Vaccination North-Western Provinces 1866-1877 - 1866-1877
Year: 1866
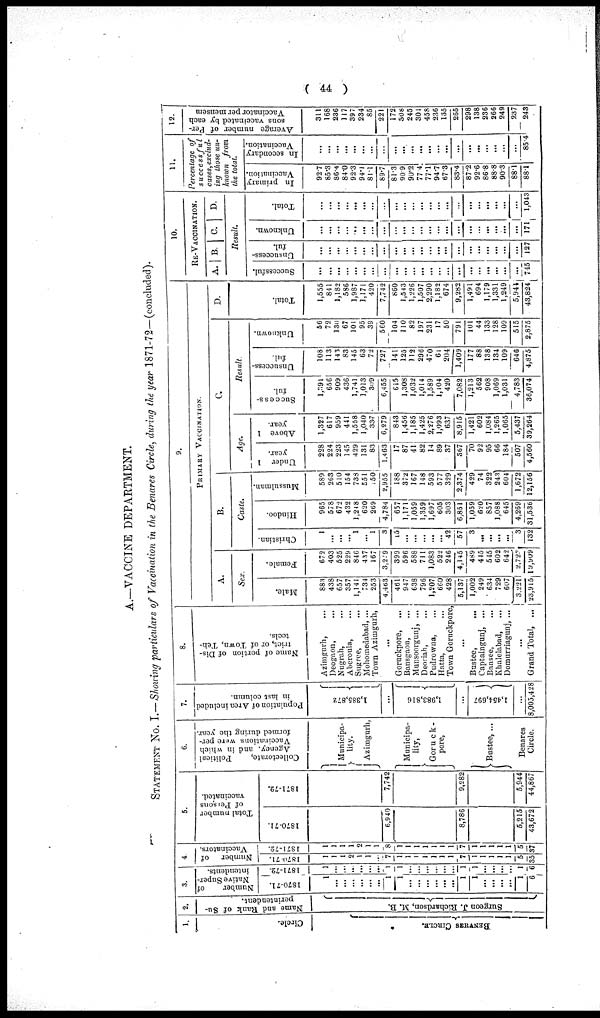
( 44 )
A.—VACCINE DEPARTMENT.
STATEMENT No. I.— Showing particulars of Vaccination in the Benares Circle, during the year 1871-72—(concluded).
1.
Circle.
BENVRES CIRCLE.
2.
Name and Rank of Su-
perintendent.
Surgeon J. Richardson, M. B.
3.
Number
of
Native Super¬
intendents.
1870-71.
1
...
...
...
...
...
...
1
1
...
...
...
...
...
...
1
1
...
...
...
...
1
6
1871-72.
1
...
...
...
...
...
...
1
1
...
...
...
...
...
...
1
1
...
...
...
...
1
6
4.
Number
of
Vaccinators.
1870-71.
1
1
1
2
1
1
...
7
1
1
1
1
1
1
1
7
1
1
1
1
1
5
35
1871-72.
1
1
1
1
2
1
1
8
1
1
1
1
1
1
1
7
1
1
1
1
1
5
37
5.
Total number
of Persons
vaccinated.
1870-71.
6,940
8,786
5,215
43,672
1871-72.
7,742
9,282
5,944
44,867
6.
Collectorate,
Political
Agency, and in which
Vaccinations were per-
formed during the year.
Municipa¬
lity
Azimgurh,
Municipa¬
lity,
Goruck¬
pore,
Bustee, ...
Benares
Circle.
7.
Population of Area included
in last column.
1,385,872
...
1,983,816
1,454,697
...
8,005,428
8.
Name of portion of Dis¬
trict, or of Town, Teh¬
teels.
Azimgurh, ...
Deogaon, ...
Nugrah, ...
Aberoula, ...
Sugree,
Mohomedabad, ...
Town Azimgurh,
...
Goruckpore, ...
Bansgaon, ...
Munsoorgunj, ...
Deoriah, ...
Pudrowna, ...
Hatta, ...
Town Goruckpore,
...
Bustee,
...
Captaingunj, ...
Bansee, ...
Khalelabad, ...
Domurriagunj, ...
...
Grand Total, ...
9.
PRIMARY VACCINATION.
A.
Sex.
Male.
883
438
657
357
1,141
734
253
4,463
461
947
638
796
1,207
660
428
5,137
1,002
249
634
729
607
3,221
23,915
Female.
672
403
525
229
846
437
167
3,279
399
596
588
711
1,083
522
246
4,145
489
445
545
602
642
2,722
19,09
B.
Caste.
Christian.
1
...
...
... 1
... 1
3
15
...
...
...
...
... 42
57
3
...
...
...
...
3
132
Hindoo.
965
578
672
432
1,248
620
269
4,784
657
1,171
1,059
1,359
1,697
605
303
6,851
1,059
620
857
1,088
645
4,269
31,536
Mussulman.
589
263
510
154
738
551
150
2,955
188
372
167
148
593
577
329
2,374
429
74
322
243
604
1,672
12,156
C.
Age.
Under 1
year.
228
224
223
145
429
131
83
1,463
17
87
41
82
14
89
37
367
70
92
95
66
184
507
4,560
Above 1
year.
1,327
617
959
441
1,558
1,040
337
6,279
843
1,456
1,185
1,425
2,276
1,093
637
8,915
1,421
602
1,084
1,265
1,065
5,437
39,264
D.
Result.
Suecess¬
ful.
1, 391
656
909
436
1,741
1,013
309
6,455
615
1,308
1,032
1,014
1,589
1,104
420
7,082
1,213
562
908
1,069
1,031
4,783
36,074
U nsuccess-
ful.
108
113
143
83
145
63
72
727
141
125
112
296
470
61
204
1,409
177
88
138
134
109
646
4,875
Unknown.
56
72
130
67
101
95
39
560
104
110
82
197
231
17
50
791
101
44
133
128
109
515
2,875
Total.
1,555
841
1,182
586
1,987
1,171
420
7,742
860
1,543
1,226
1,507
2,290
1,182
674
9,282
1,491
694
1,179
1,331
1,249
5,944
43,824
10.
RE-VACCINATION.
A. B. C.
D.
Result.
Successful.
...
...
...
...
...
...
...
...
...
...
...
...
...
...
...
...
...
...
...
...
...
...
745
Unsuccess-
ful.
...
...
...
...
...
...
...
...
...
...
...
...
...
...
...
...
...
...
...
...
...
...
127
Unknown.
...
...
...
...
...
...
...
...
...
...
...
...
...
...
...
...
...
...
...
...
...
...
171
Total.
...
...
...
...
...
...
...
...
...
...
...
...
...
...
...
...
...
...
...
...
...
...
1,043
11.
Percentage of
successful
cases, exclud-
ing those un-
known from
the total.
In primary
Vaccination
92.7
85.3
86.4
84.0
92.3
94.1
81.1
89.7
81.3
90.9
90.2
77.4
77.1
94.7
67.3
83.4
87.2
92.6
86.8
88.8
90.3
88.1
88.1
In secondary
Vaccination
...
...
...
...
...
...
...
...
...
...
...
...
...
...
...
...
...
...
...
...
...
...
85 4
12.
Average number of Per-
sons vaccinated by each
Vaccinator per mensem
311
168
236
117
397
234
85
221
172
308
245
301
458
236
135
265
298
138
236
266
249
237
243